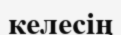
келесің